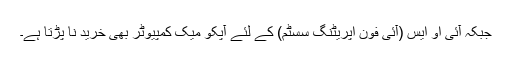
جبکہ آئی او ایس (آئی فون اپریٹنگ سسٹم) کے لئے آپکو میک کمپیوٹر بھی خرید نا پڑتا ہے۔